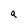
Character: a